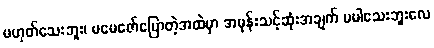
မဟုတ်သေးဘူး၊ မမေဇော်ပြောတဲ့အထဲမှာ အမုန်းသင့်ဆုံးအချက် မပါသေးဘူးလေ